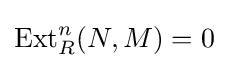
\operatorname {Ext} _{R}^{n}(N,M)=0